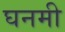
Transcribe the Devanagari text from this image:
घनमी